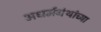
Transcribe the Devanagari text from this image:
अधर्मग्रंथांच्या